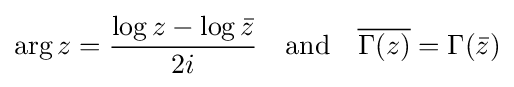
\arg z={\frac {\log z-\log {\bar {z}}}{2i}}\quad {\text{and}}\quad {\overline {\Gamma (z)}}=\Gamma ({\bar {z}})